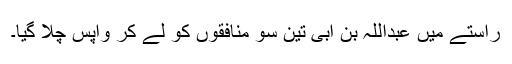
راستے میں عبداللہ بن ابی تین سو منافقوں کو لے کر واپس چلا گیا۔